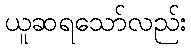
ယူဆရသော်လည်း